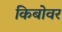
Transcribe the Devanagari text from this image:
किबोवर